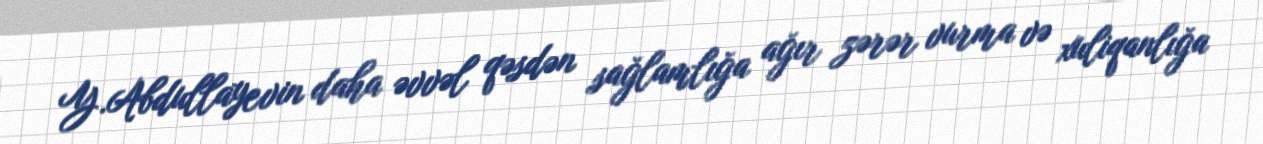
Y.Abdullayevin daha əvvəl qəsdən sağlamlığa ağır zərər vurma və xuliqanlığa